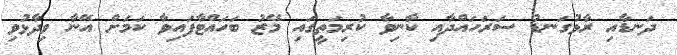
ދަނޑާއި ރާޅުގަނޑު ސަރަހައްދާއި ކާނިވާ ކުރިމަތީގައި މޭޒު ބަހައްޓާފައިވާ ކަމަށް އޭނާ ވިދާޅުވި